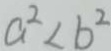
a ^ { 2 } < b ^ { 2 }